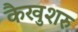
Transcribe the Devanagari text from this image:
कैखुशरु